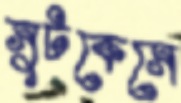
সুটকেসে